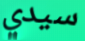
سيدي